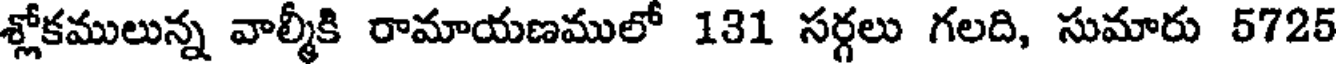
శ్లోకములున్న వాల్మీకి రామాయణములో 131 సర్గలు గలది, సుమారు 5725